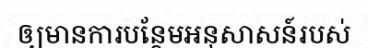
ឲ្យមានការបន្ថែមអនុសាសន៍របស់